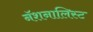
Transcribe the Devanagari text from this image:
नॅशनालिस्ट